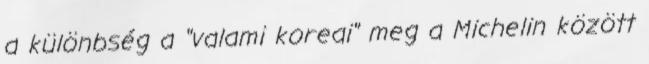
a különbség a "valami koreai" meg a Michelin között